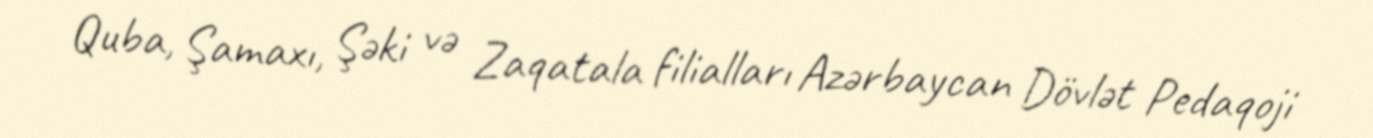
Quba, Şamaxı, Şəki və Zaqatala filialları Azərbaycan Dövlət Pedaqoji